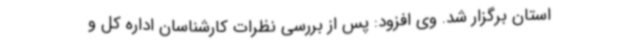
استان برگزار شد. وی افزود: پس از بررسی نظرات کارشناسان اداره کل و